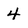
Character: 4